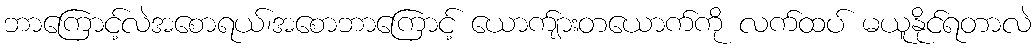
ဘာကြောင့်လဲအစောရယ်၊အစောဘာကြောင့် ယောက်ျားတယောက်ကို လက်ထပ် မယူနိုင်ရတာလဲ